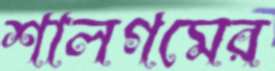
শালগমের